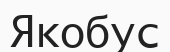
Якобус